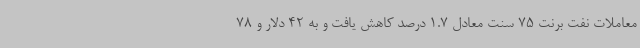
معاملات نفت برنت 75 سنت معادل 1.7 درصد کاهش یافت و به 42 دلار و 78